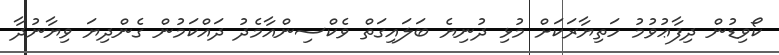
ކޯވިޑުން ދިފާޢުވުމު ހަތިޔާރަކަށް މުޅި ދުނިޔެ ބަލައިގަތް ވެކްސިންއާމެދު ދައްކަމުން ގެންދިޔަ ވިޔާނުދާ